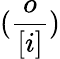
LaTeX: (\frac{o}{[i]})